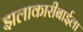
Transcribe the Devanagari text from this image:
झलाकारीबाईला